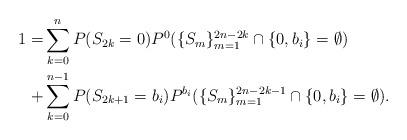
LaTeX: \begin{align*}1 = &\sum_{k=0}^{n} P(S_{2k}=0)P^{0}(\{S_m\}_{m=1}^{2n-2k}\cap \{0,b_{i}\} = \emptyset )\\+&\sum_{k=0}^{n-1} P(S_{2k+1}=b_i)P^{b_i}(\{S_m\}_{m=1}^{2n-2k-1}\cap \{0,b_{i}\} = \emptyset). \end{align*}